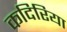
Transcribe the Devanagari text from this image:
कदिरिया